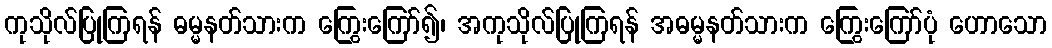
ကုသိုလ်ပြုကြရန် ဓမ္မနတ်သားက ကြွေးကြော်၍၊ အကုသိုလ်ပြုကြရန် အဓမ္မနတ်သားက ကြွေးကြော်ပုံ ဟောသော